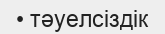
• тәуелсіздік